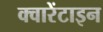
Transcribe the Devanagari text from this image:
क्वारेंटाइन